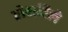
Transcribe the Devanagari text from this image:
ठोठाविले